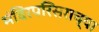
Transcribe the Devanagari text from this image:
मंदिरपरिसराच्या